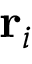
\mathbf { r } _ { i }